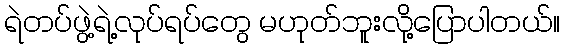
ရဲတပ်ဖွဲ့ရဲ့လုပ်ရပ်တွေ မဟုတ်ဘူးလို့ပြောပါတယ်။